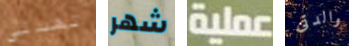
تهددني شهر عملية والدتى